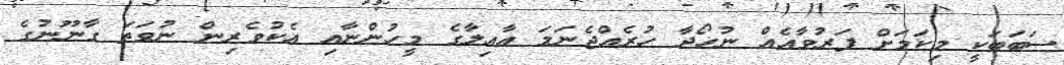
ސަބަބަކީ މިކަމަށް ފަރުވާއެއް ނުހޯދާ ހުރެއްޖެނަމަ އާއިލާގެ މީހުންނާއި އެކުވެރިން ނުވަތަ ގާނޫނުގެ